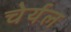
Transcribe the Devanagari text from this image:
चेर्यल